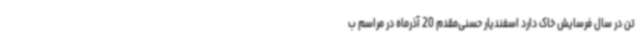
تن در سال فرسایش خاک دارد اسفندیار حسنی‌مقدم 20 آذرماه در مراسم ب